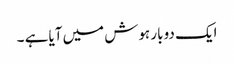
ایک دو بار ہوش میں آیا ہے ۔